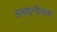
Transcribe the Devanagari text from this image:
अमाइग्डैलस